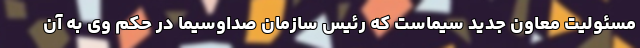
مسئولیت معاون جدید سیماست که رئیس سازمان صداوسیما در حکم وی به آن